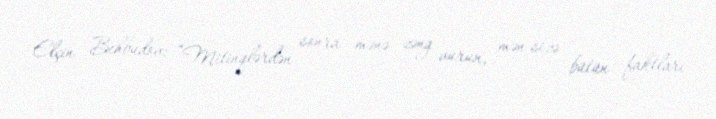
Elçin Behbudov: “Mitinqlərdən sonra mənə zəng vurun, mən sizə bütün faktları